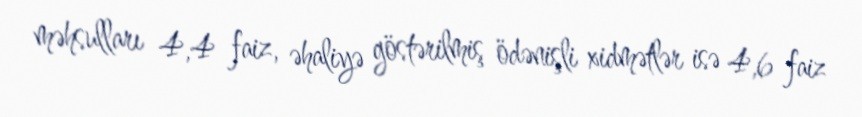
məhsulları 4,4 faiz, əhaliyə göstərilmiş ödənişli xidmətlər isə 4,6 faiz